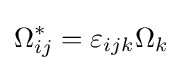
\Omega _{ij}^{*}=\varepsilon _{ijk}\Omega _{k}